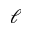
\boldsymbol \ell